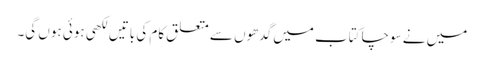
میں نے سوچا کتاب میں گدھوں سے متعلق کام کی باتیں لکھی ہوئی ہوں گی۔